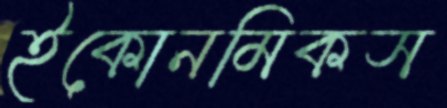
ইকোনমিকস